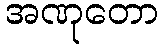
အဏုတော